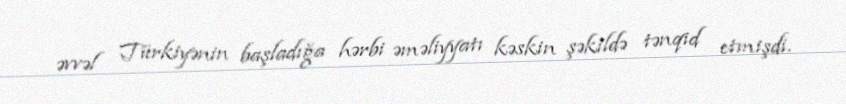
əvvəl Türkiyənin başladığa hərbi əməliyyatı kəskin şəkildə tənqid etmişdi.